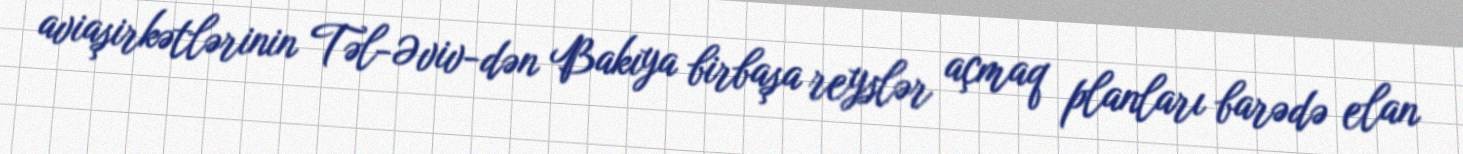
aviaşirkətlərinin Təl-Əviv-dən Bakıya birbaşa reyslər açmaq planları barədə elan